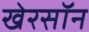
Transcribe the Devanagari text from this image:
खेरसॉन